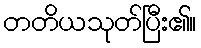
တတိယသုတ်ပြီး၏။